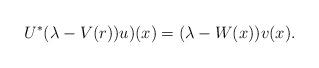
LaTeX: \begin{align*} U^*(\lambda-V(r))u)(x) = (\lambda-W(x))v(x).\end{align*}